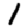
Digit: 1